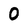
Character: 0